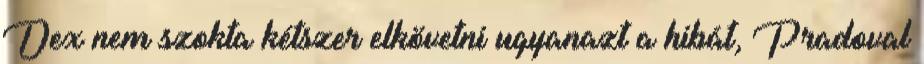
Dex nem szokta kétszer elkövetni ugyanazt a hibát, Pradoval